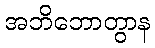
အဘိဘောတွာန